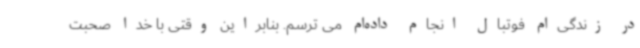
در زندگی‌ام فوتبال انجام داده‌ام می ترسم. بنابراین وقتی با خدا صحبت